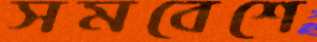
সমবেশে